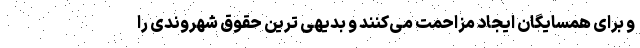
و برای همسایگان ایجاد مزاحمت می‌کنند و بدیهی ترین حقوق شهروندی را